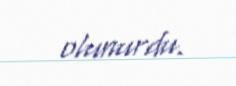
olunurdu.